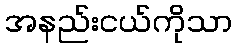
အနည်းငယ်ကိုသာ